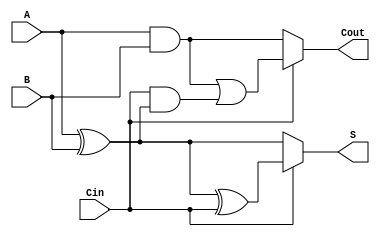
module ConditionalSumFullAdder (
    input wire A,      // First input bit
    input wire B,      // Second input bit
    input wire Cin,    // Carry-in bit
    output wire S,     // Sum output
    output wire Cout   // Carry-out output
);

// Internal signals for potential sums and carry-outs
wire S0, S1;
wire C0, C1;

// Compute potential sums
assign S0 = A ^ B;            // S0 = A  B
assign S1 = S0 ^ Cin;         // S1 = A  B  Cin

// Compute potential carry-outs
assign C0 = A & B;            // C0 = A AND B
assign C1 = (A & B) | (Cin & S0); // C1 = (A AND B) OR (Cin AND (A  B))

// Final output selection based on Cin
assign S = (Cin == 1'b0) ? S0 : S1;  // Select sum based on Cin
assign Cout = (Cin == 1'b0) ? C0 : C1; // Select carry-out based on Cin

endmodule